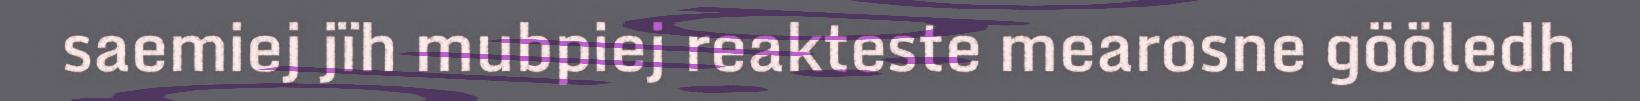
saemiej jïh mubpiej reakteste mearosne gööledh